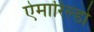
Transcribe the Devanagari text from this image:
ऐमारिल्डो